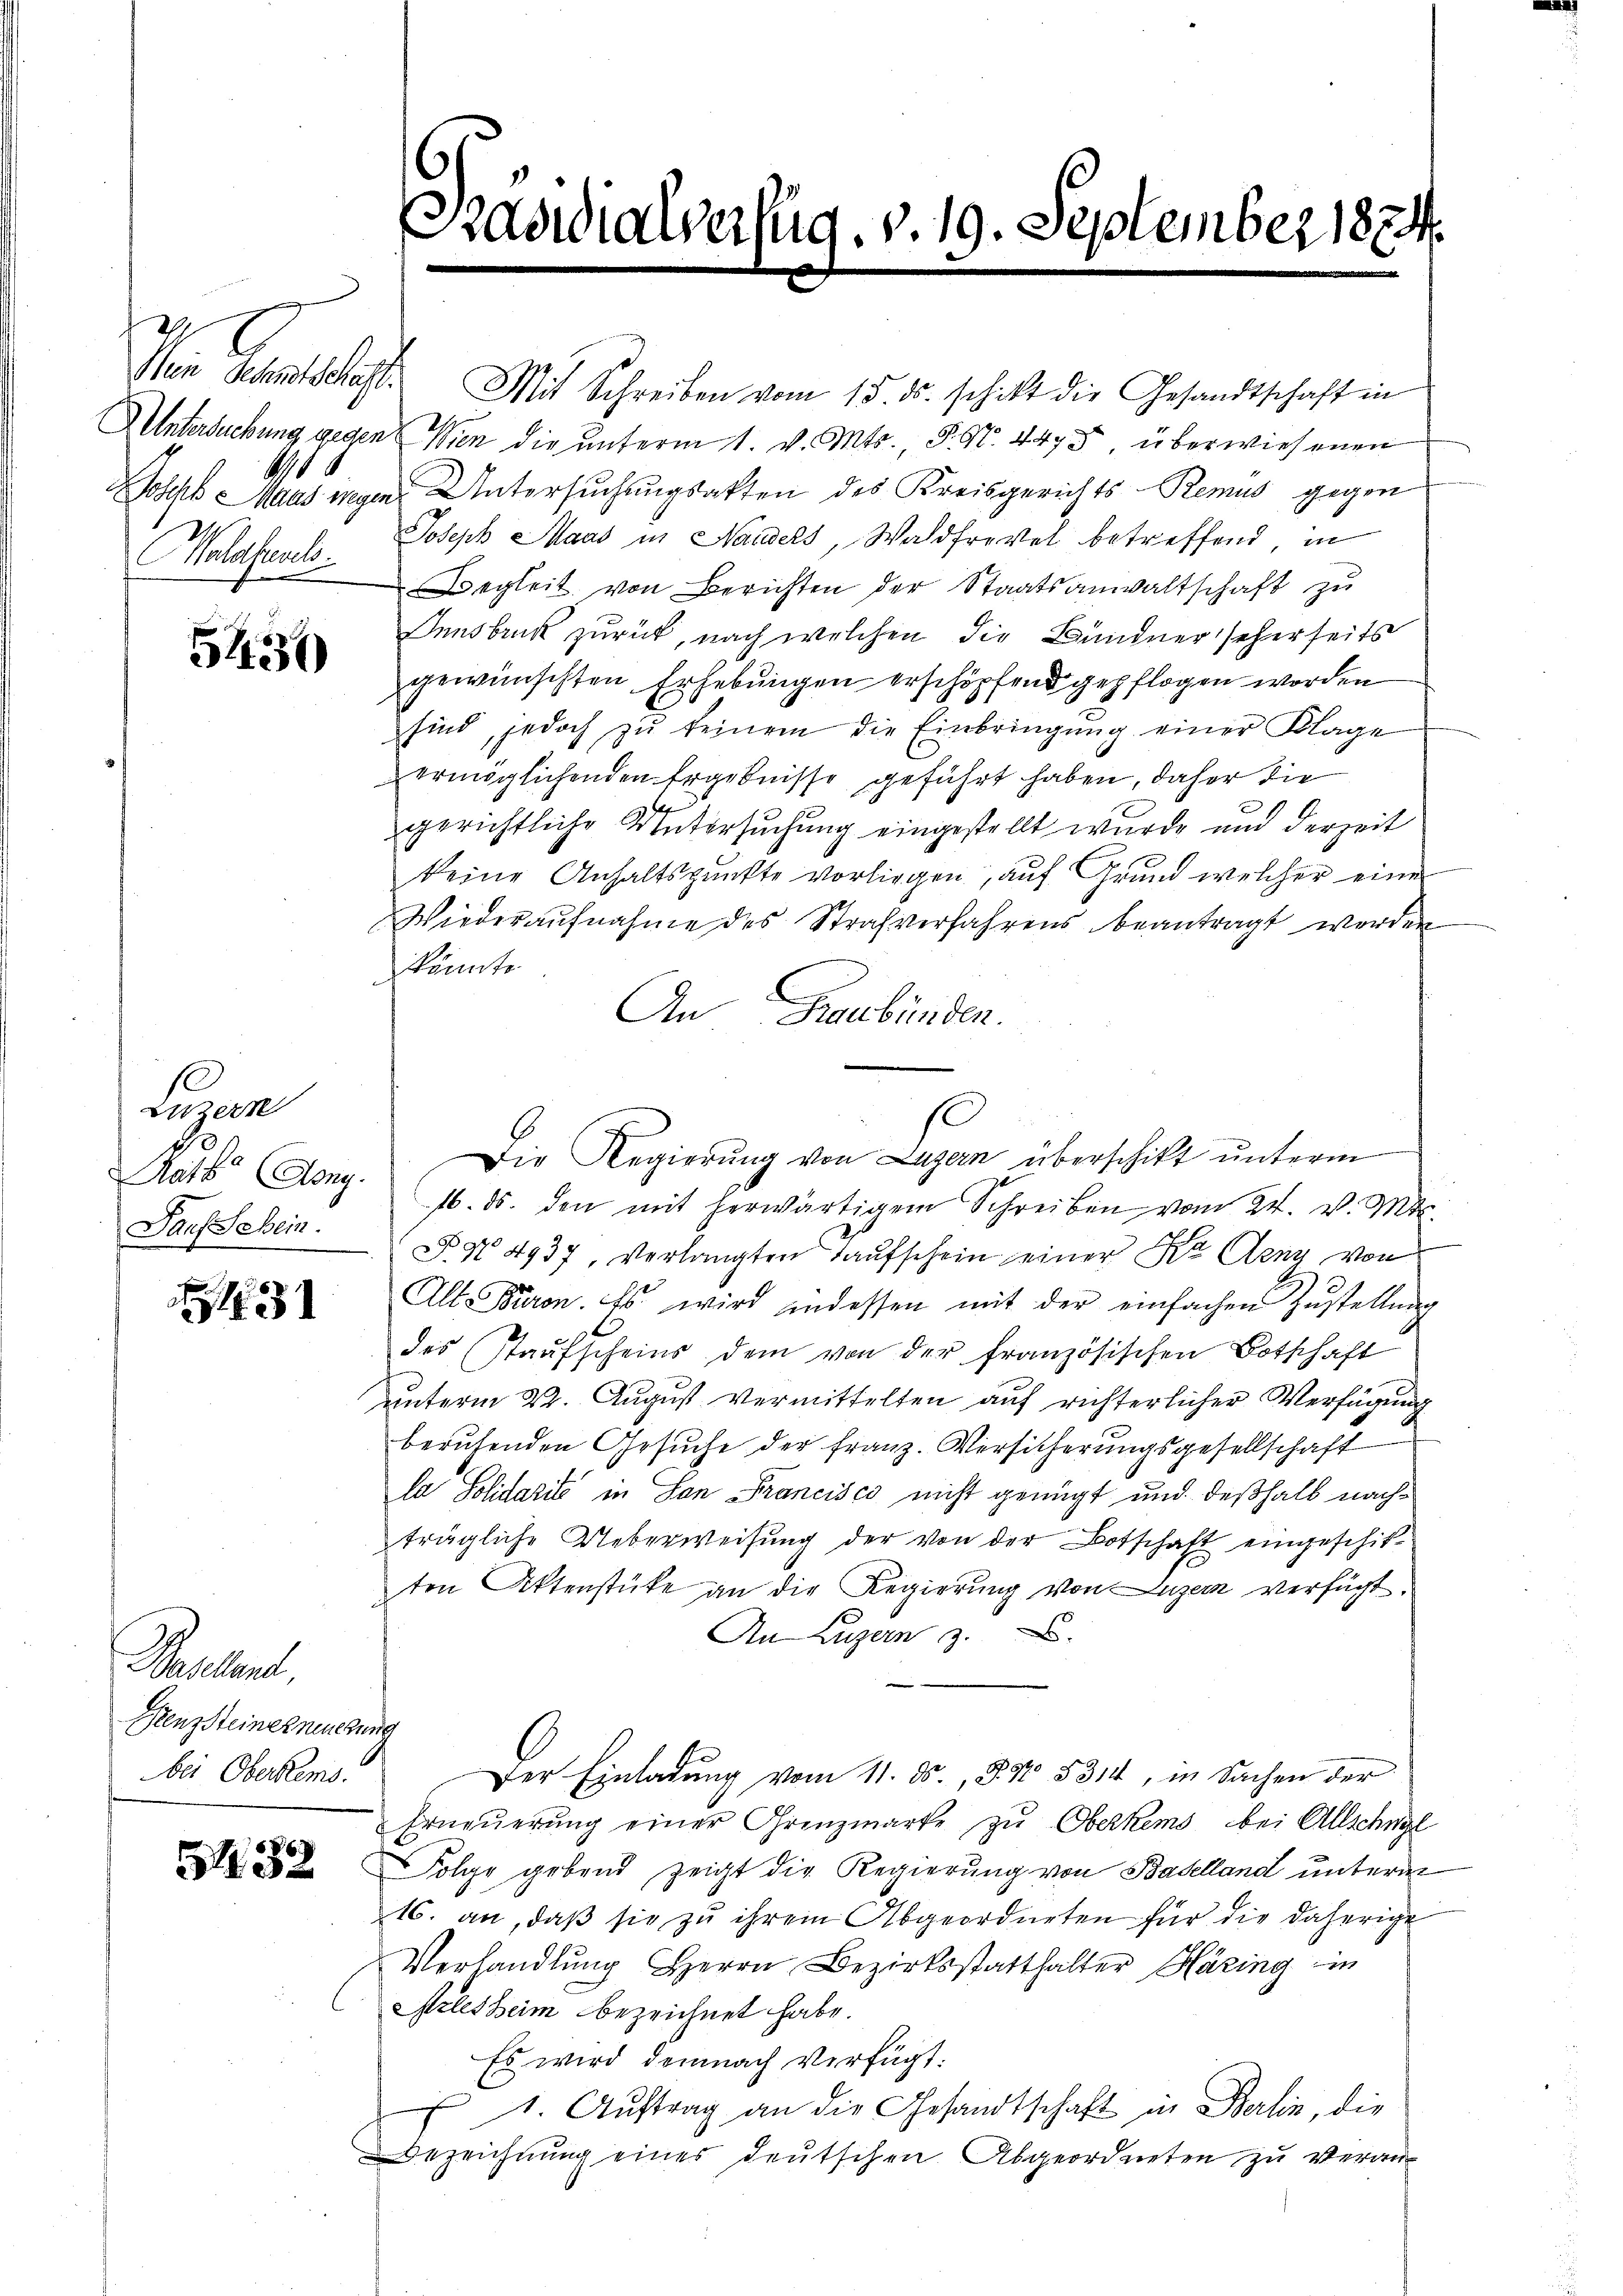
.
Waldfrevels

5450

Luzern
Rarbe (Song.
Pauf Schein.

31

Raulant,
Renzsteines neuerung
bei Oberkers.

5432

Mein Schentschaft. Mit Schreiben vom 15. ds. schaft die Gesandtschaft in
UUntersuchung gegen Wien die unterm 1. v. Mts., S. Nr. 4475 überwiesenen
Joseph Maas wegen Untersuchungsakten des Kreisgerichts- Remus gegen
Joseph Maas in Handels, Waldfrevel betreffend in
egleit von Berichten der Staatsanwaltschaft zu
Innsbruck zurück, nach welchen die Bündnerseherseits
gewünschten Erhebungen erschöpfend gepflogen worden
sind, jedoch zŭ keinem die Einbringŭng einer Klage
vermöglichenden Ergebnisse geführt haben, daher die
gerichtliche Untersuchung eingestellt wurde und derzeit
keine Anhaltspunkte vorliegen, auf Grund welcher einer
Wiederaŭfnahme des Strafverfahrens beantragt worden
Könnte
An Graubünden.
16. ds. den mit herwärtigem Schreiben vom 24. v. Mts.
§ § 4937, verlangten Taufschein einer Kr Aenz von
Alt-Büren. Es wird indessen mit der einfachen Zŭstellung
des Staufscheins dem von der französischen Botschaft
unterm 22. August vermittelten auf richterlicher Verfügung
beruhenden Gesuche der Franz. Versicherungsgesellschaft
la Solidarits in San Francisco nicht genügt und deßhalb nachträgliche Ueberweisung der von der Botschaft eingeschitten Aktenstücke an die Regierung von Luzern verfügt,
An Luzern z.
Der Einladung vom 11. ds., 852 5314, in Sachen der
Erneŭerŭng einer Grenzmarke zŭ Oberkums bei Allschnel
Folge gebend zeigt die Regierung von Baselland unterm
1. an, daß sie zu ihrem Abgeordneten für die daherige
Verhandlung Herrn Bezirksstatthalter Häring in
Arlesheim bezeichnet habe.
Es wird demnach Verfügt:
1. Auftrag an die Gesandtschaft in Berlin, die
Bezeichnung eines deutschen Abgeordneten zu veran

Da

ialver

ug. v. 19. September 1874.

Die Regierŭng von Luzern überschikt ŭnterm